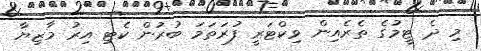
މި ދެ ޓީމުގެ ތެރެއިން ވިކްޓަރީ ފުރަތަމަ ބުރުން ކެޓި އިރު މާޒިޔާ